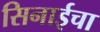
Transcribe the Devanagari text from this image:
सिनाईचा